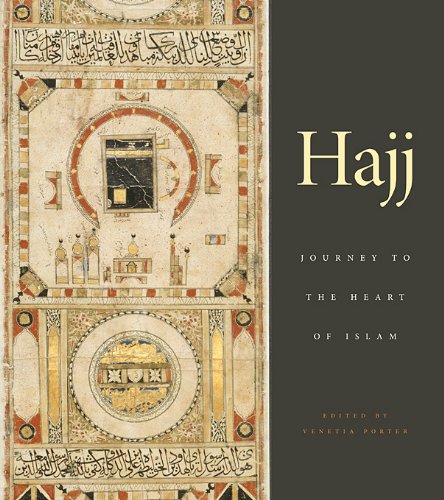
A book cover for Hajj: Journey to the Heart of Islam; History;